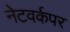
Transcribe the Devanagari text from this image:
नेटवर्कपर